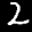
Label: 2